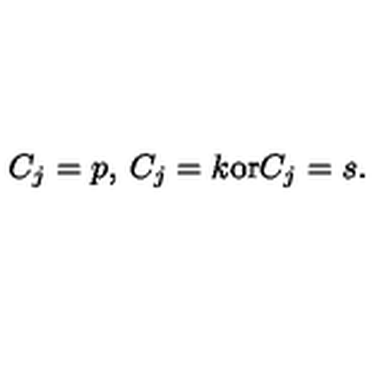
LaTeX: C _ { j } = p , \: C _ { j } = k { \mathrm { o r } } C _ { j } = s .